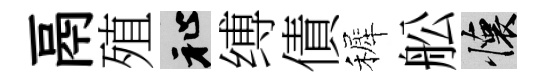
鬲殖祉缚債裤舩懷